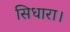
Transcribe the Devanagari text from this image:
सिधारा।